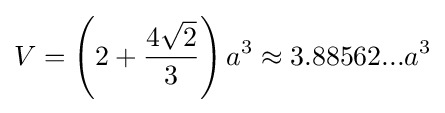
V=\left(2+{\frac {4{\sqrt {2}}}{3}}\right)a^{3}\approx 3.88562...a^{3}